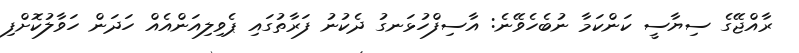
ރާއްޖޭގެ ސިޔާސީ ކަންކަމާ ނުބެހެވޭނެ: އާސިފްހުޅަނގު ދެކުނު ފަރާތުގައި ޕެވިލިއަންއެއް ހަދަން ހަވާލުކޮށްފި